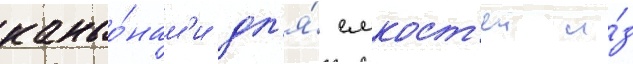
каньо́нам'и дл'я́ емкост'еи и́з